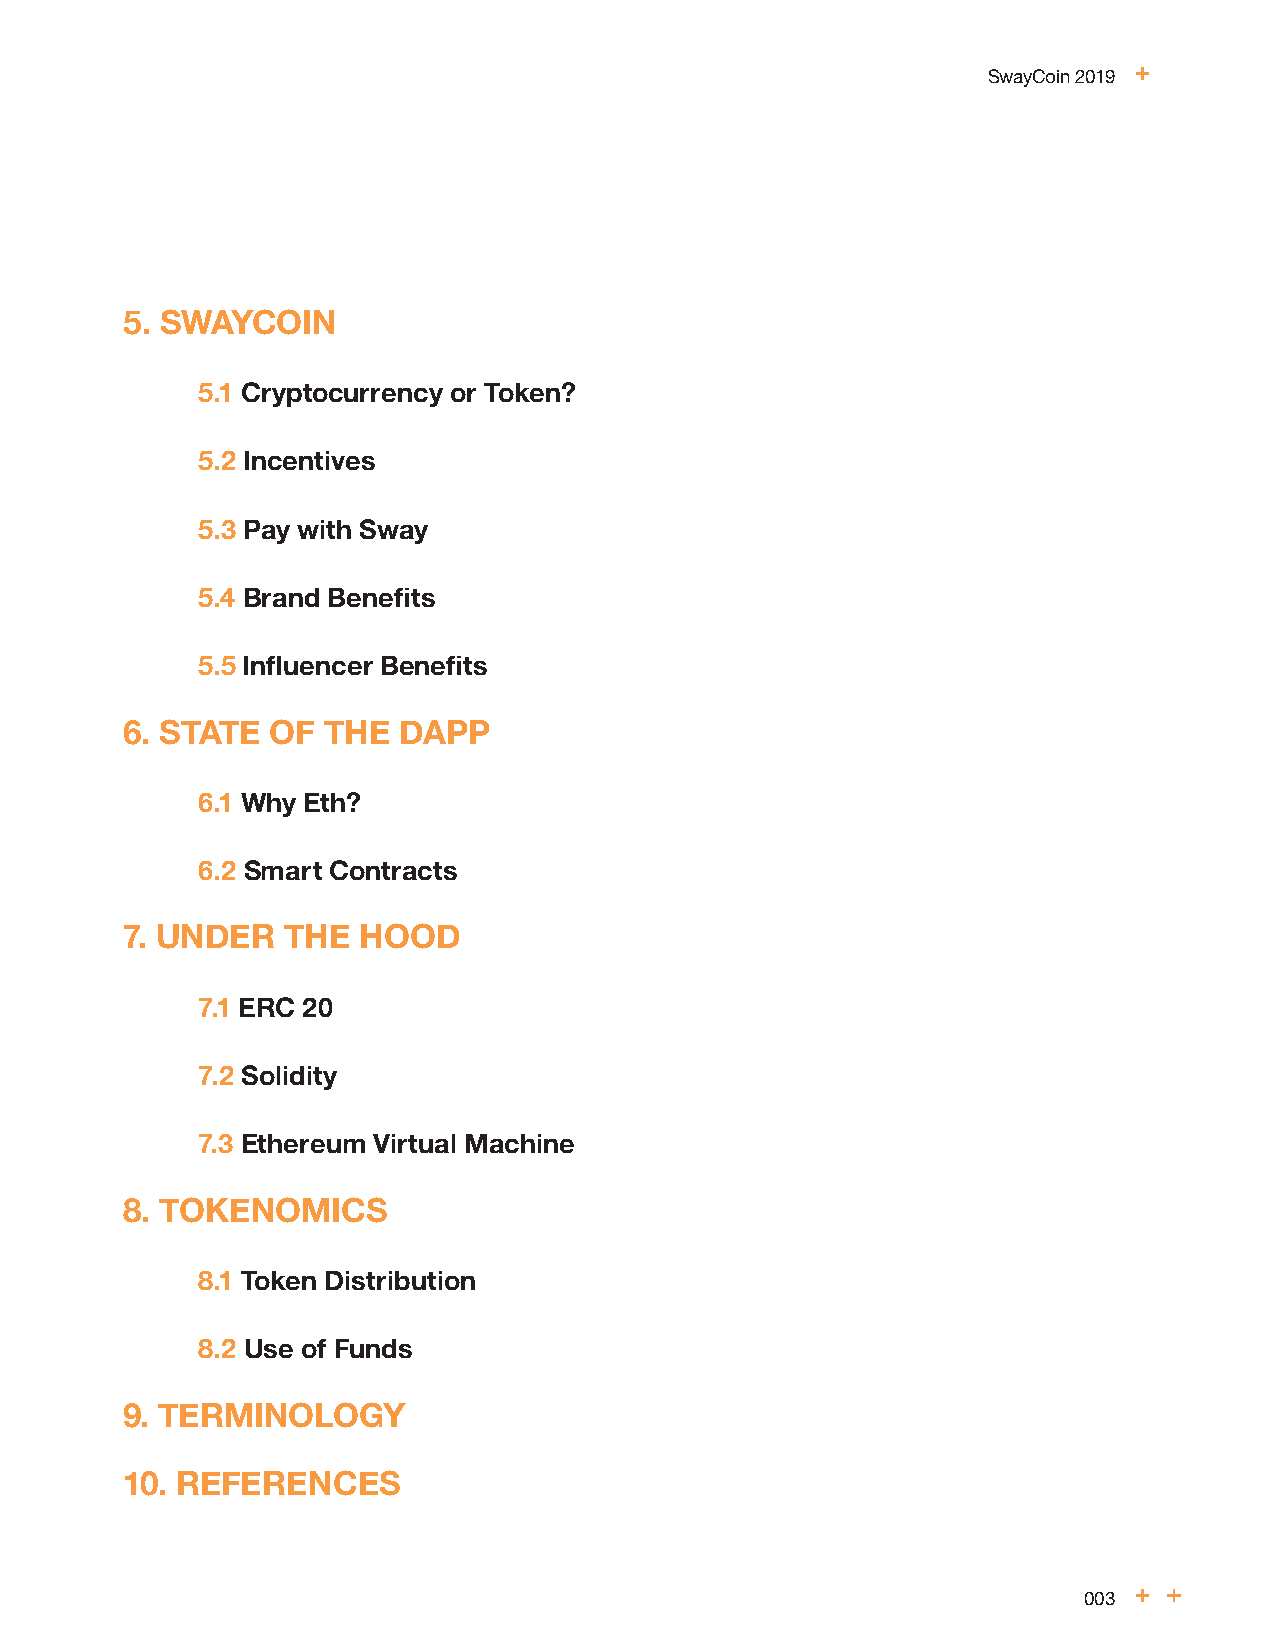
SwayCoin 2019
 5. SWAYCOIN
 5.1 Cryptocurrency or Token?
 5.2 Incentives
 1. A NEW SWAYCONOMY
 5.3 Pay with Sway
 1.1 Introduction
 5.4 Brand Benefits
 1.2 The Market
 5.5 Influencer Benefits
 1.3 Platform Overview
 6. STATE  OF THE  DAPP
 2. THE ELEPHANT IN THE ROOM
 2.1 Babylon to Bitcoin 6.1 Why Eth?
 2.2 The Trust Problem
 6.2 Smart Contracts
 3. EVERYONE’S A CREATOR
 7. UNDER   THE  HOOD
 3.1 Parisa’s Story
 7.1 ERC 20
 3.2 The Platform
 7.2 Solidity
 3.3 The Brand
 3.3.1 Properties & Benefits 7.3 Ethereum Virtual Machine
 3.4 The Influencer 8. TOKENOMICS
 3.4.1 Properties & Benefits
 8.1 Token Distribution
 4. A CHAIN OF BLOCKS
 8.2 Use of Funds
 4.1 What exactly is the Blockchain?
 9. TERMINOLOGY
 4.2 Advantages of using Blockchain for Brand / Influencer App
 4.3 Disadvantages of using Blockchain for Brand / Influencer App 10. REFERENCES
 003